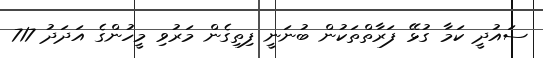
ސައުދީ ކަމާ ގުޅޭ ފަރާތްތަކުން ބުނަނީ ފިިތިގެން މަރުވި މީހުންގެ އަދަދު 717